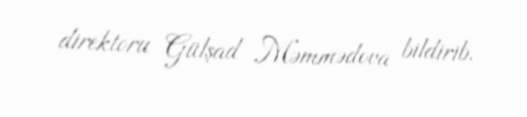
direktoru Gülşad Məmmədova bildirib.